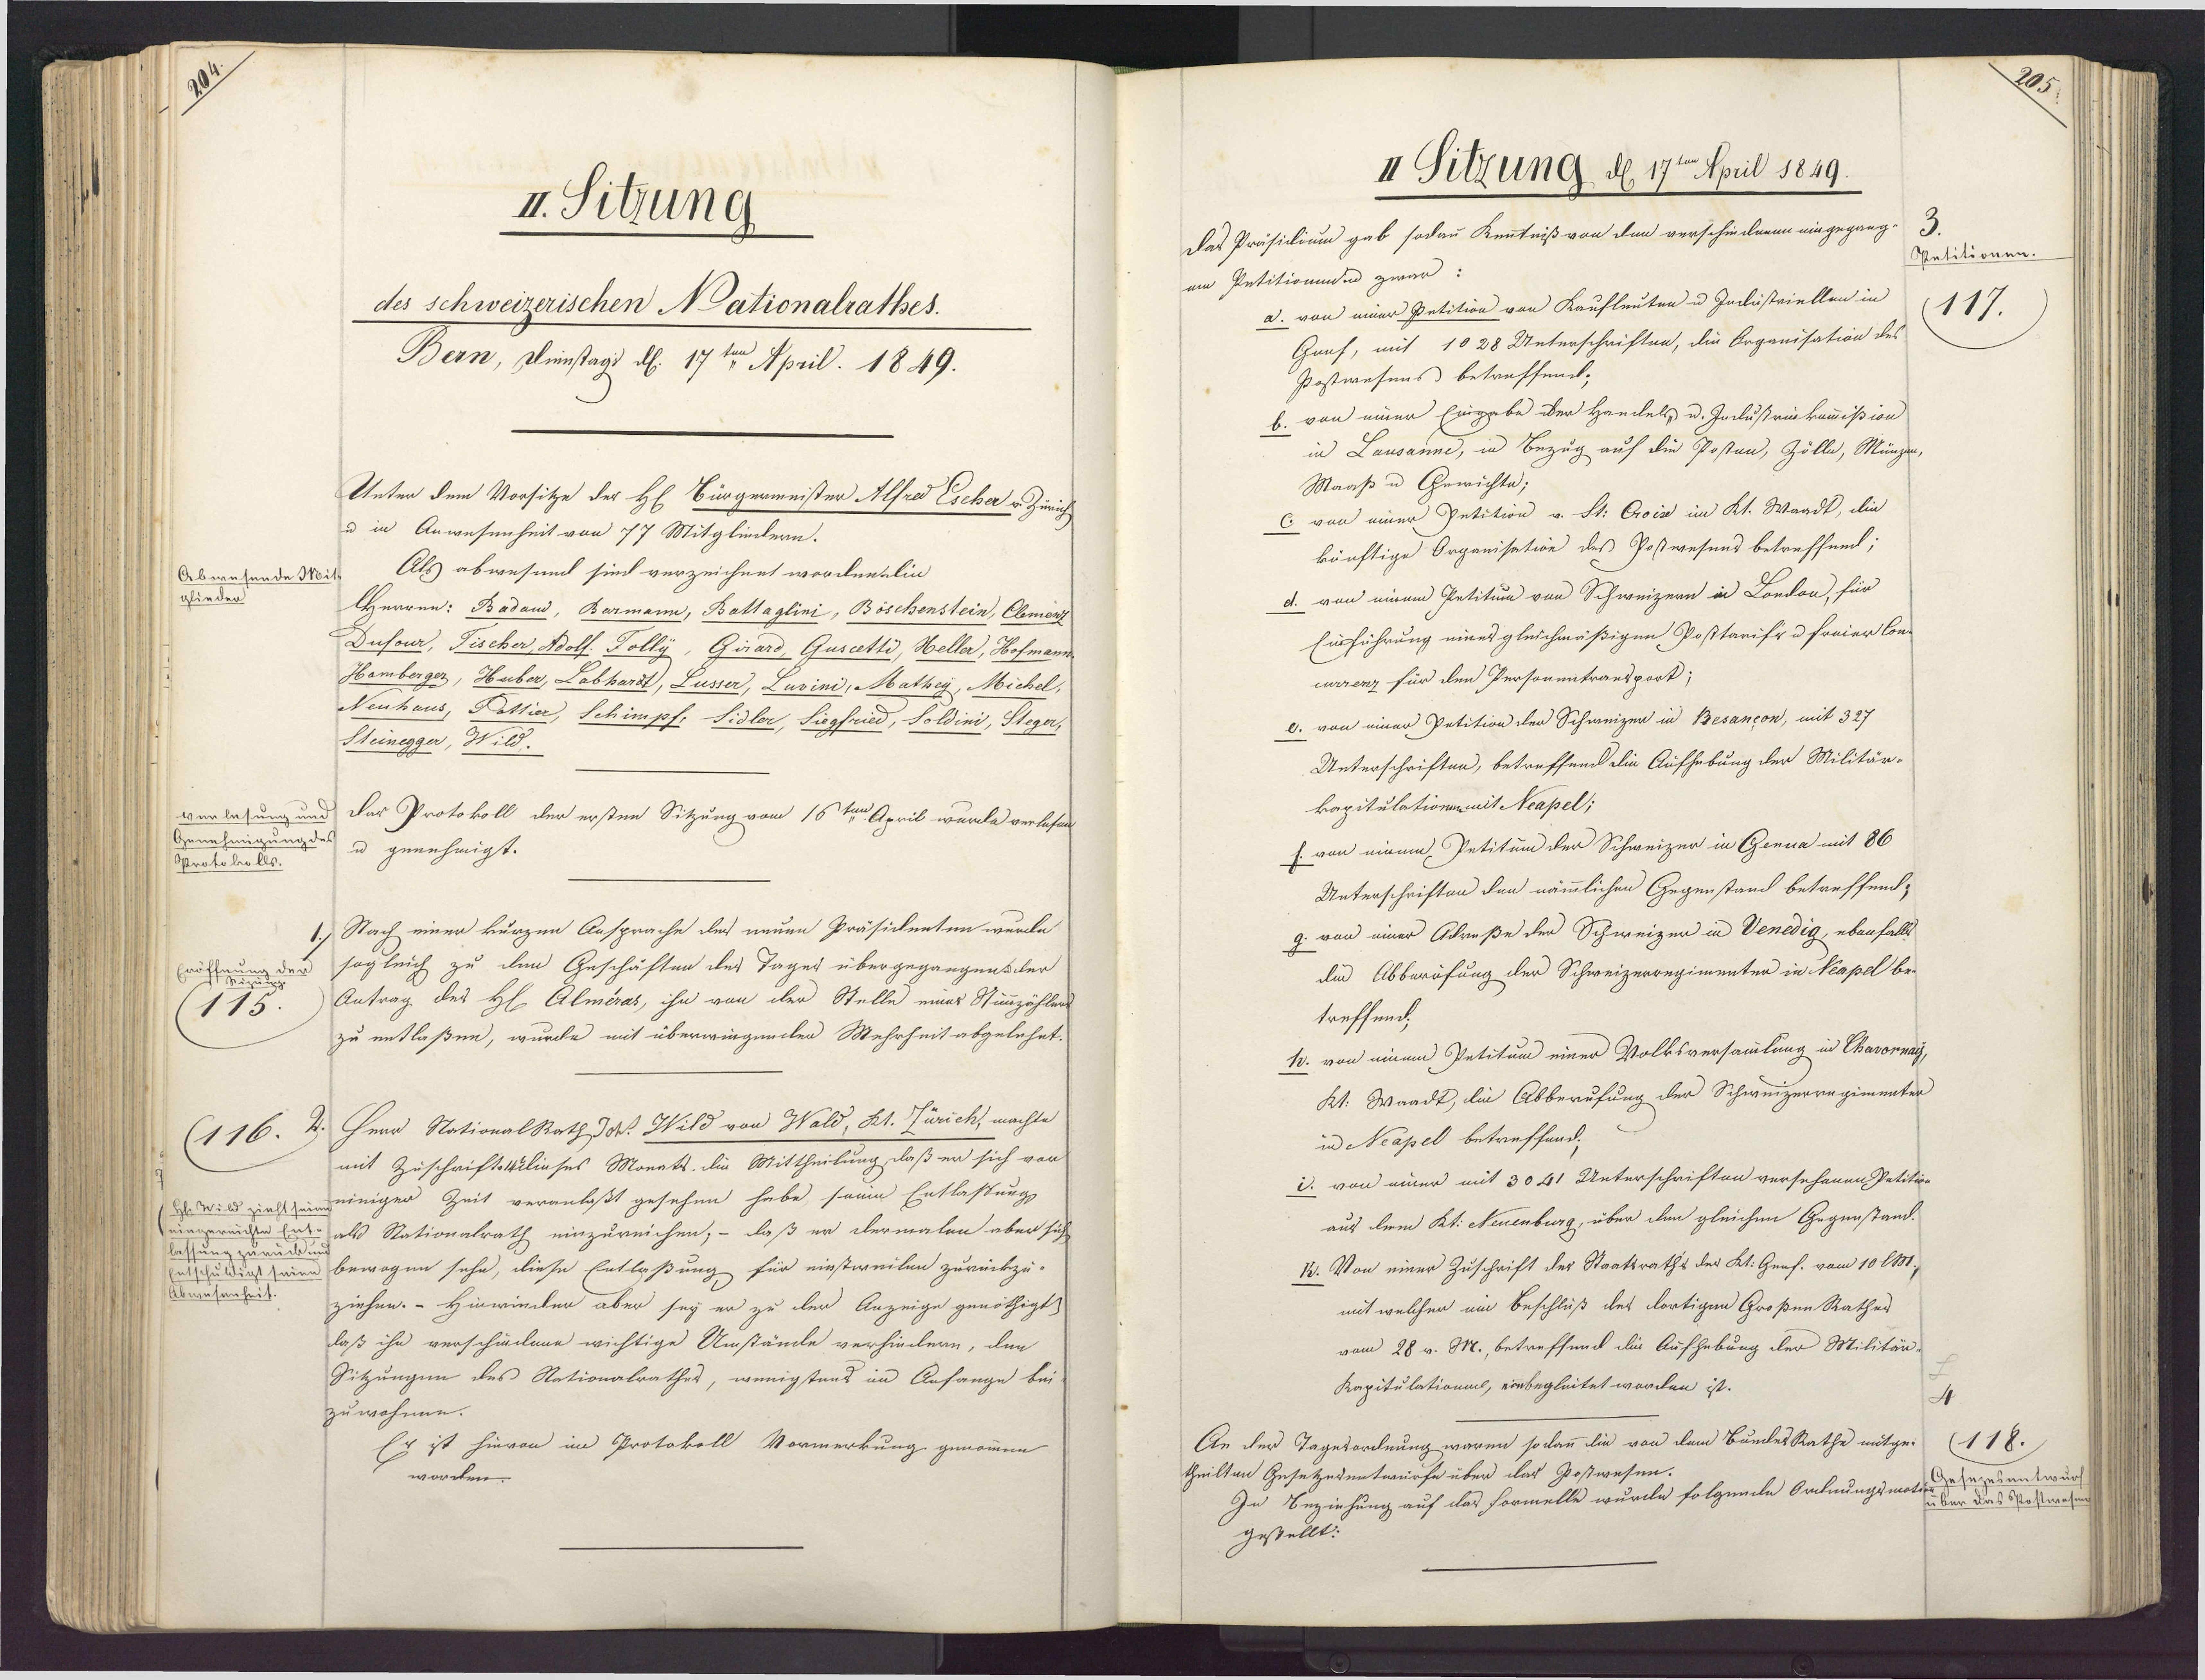
II. Sitzung
des schweizeerischen Nationalrathes.
Bern, Diestagi d. 17ten April. 1849.
Unter dem Vorsitze der H. Bürgermeister Alfred Escher u. Zürich
u in Anwesenheit von 77 Mitgliedern.
Als abwesund sind verzeichnet worden lin
Abwesende Mit
glieder
Herren: Badam, Barmann, Battaglini, Böschenstein, Clemerz
Dusow, Fischer, Bolf. Folly, Girard, Guseetté, Heller, Hofmann
Hamberger, Huber, Labhardt, Lusser, Cusini, Mathey, Michel,
Neuhaus, Pottiar, Schimpf, Sidler, Siegfried, Soldini, Stegar,
Steingga, Wild.
verlesung und Das Protokoll der ersten Sitzung vom 16ten April warda verlehen,
Genehmigungde u genehmigt.
Protokolls.
Nach einer kurzen Ansprache des neuen Präsidenten wurde
sogleich zu den Geschäften des Tager übergegangen der
Eröffnun.
Antrag des Hl. Almeras, ihn von der Stelle eines Stimzähler
115
zu entlaßen, wurde mit überwiegender Mehrheit abgelehnt.
(116.. Herr National Rath DW. Wild von Wald, Kt. Zürich, machte
mit Zuschriftskiliases Monats. die Mittheilung daß er sich vor
i s paht zumeinigen Zeit veranlaßt gesehen habe, seine Entlassung
ringereich als Stationalrath einzureichen, – daß er dermalen aber sich
lessŭng zŭrück.
Entschuldigt eien bewogen sehe, diese Entlaßung für einstweilen zurückzu¬
Abwesenheit.
ziehen.- Hinwinder aber sey er zu der Anzeige genöthigt
laß ihn verschidene wichtige Umstände verhindern, den
Sitzungen des Nationalrathes, wenigstens im Anfange bei
zuwohnen.
Er ist hievon im Protokoll Vormerkung genommen
worden.

Ex.
II Sitzung d 17e pril 1849.
Das Präsidium gab sodau Kenntniß von den verschiedenen eingegang
Petitionen.
am Petitionenn zwar:
a. von einer Petition von Kaufleuten u Industriellen in
117.
Gauf, mit 1028 Unterschriften, die Organisation des
Postwesens betreffend;
b. von einer Eingabe der Handels u. Inclust ein kommißion
in Lausanne, in Bezug auf die Postan, Zölle, Münzan,
Maaß u Grwichte;
C von einer Petition v. St: Crois im Kt. Waadt, die
künftige Organisation des Postwesens betreffend;
d. von einem Petitum von Schweizern in London, für
Eurführung eines gleichmäßigen Postarifi u freier Con¬
currenz für den Personentransport;
e. von einer Petition der Schweizer in Besancon, mit 327
Unterschriften, betreffend die Aufhebung der Militär¬
kapitulationnmit Neapel;
h. von einem Petitum der Schweizer in Genua mit 86
Unterschriften den nämmlichen Gegenstand betreffend:
g. von einer Acruße der Schweizen in Venedig, ebenfalls
de Abberüfung der Schweizerregimenter in Neapel be¬
treffend;
10. von einem Petitum einer Volksversammlung in Chavormay,
Kt. Waadt, die Abberufung der Schweizerregimenten
in Neapel betreffend.
i. von einer mit 3041 Unterschriften versehenen Petitioe
aus dem Kt. Neuenburg, über den gleichen Gegenständ-
1. Von einer Zuschrift des Staatsraths der Kt. Genf. vom 10 MM.,
mit welcher em Beschluß des dortigen Großen Rathes
vom 28 v. M., betreffend die Aufhebung der Militär¬
Kapitulationa, einbegleitet worden ist.
An der Tagesordnung waren so kann lin von dem BunckesRathe mitge¬
118.
theilten Gesetzerentwürfe über das Gostwesen.
Zu Beziehung auf das Formelle wurde folgeneln Ordnungsmotereesentwur¬
über das Stostwase
gestellt: